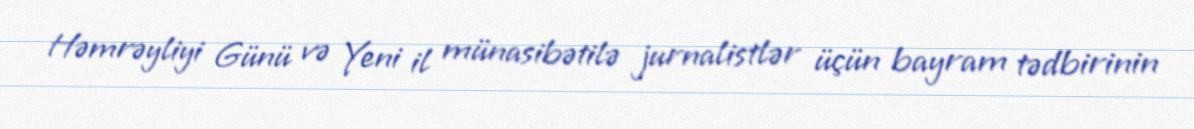
Həmrəyliyi Günü və Yeni il münasibətilə jurnalistlər üçün bayram tədbirinin